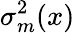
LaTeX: \sigma_{m}^{2}(x)